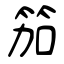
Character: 笳